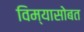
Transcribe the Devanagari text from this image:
विम्यासोबत